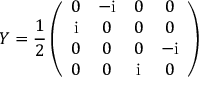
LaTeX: Y = \frac { 1 } { 2 } \left( \begin{array} { c c c c } { { 0 } } & { { - \mathrm { i } } } & { { 0 } } & { { 0 } } \\ { { \mathrm { i } } } & { { 0 } } & { { 0 } } & { { 0 } } \\ { { 0 } } & { { 0 } } & { { 0 } } & { { - \mathrm { i } } } \\ { { 0 } } & { { 0 } } & { { \mathrm { i } } } & { { 0 } } \end{array} \right)